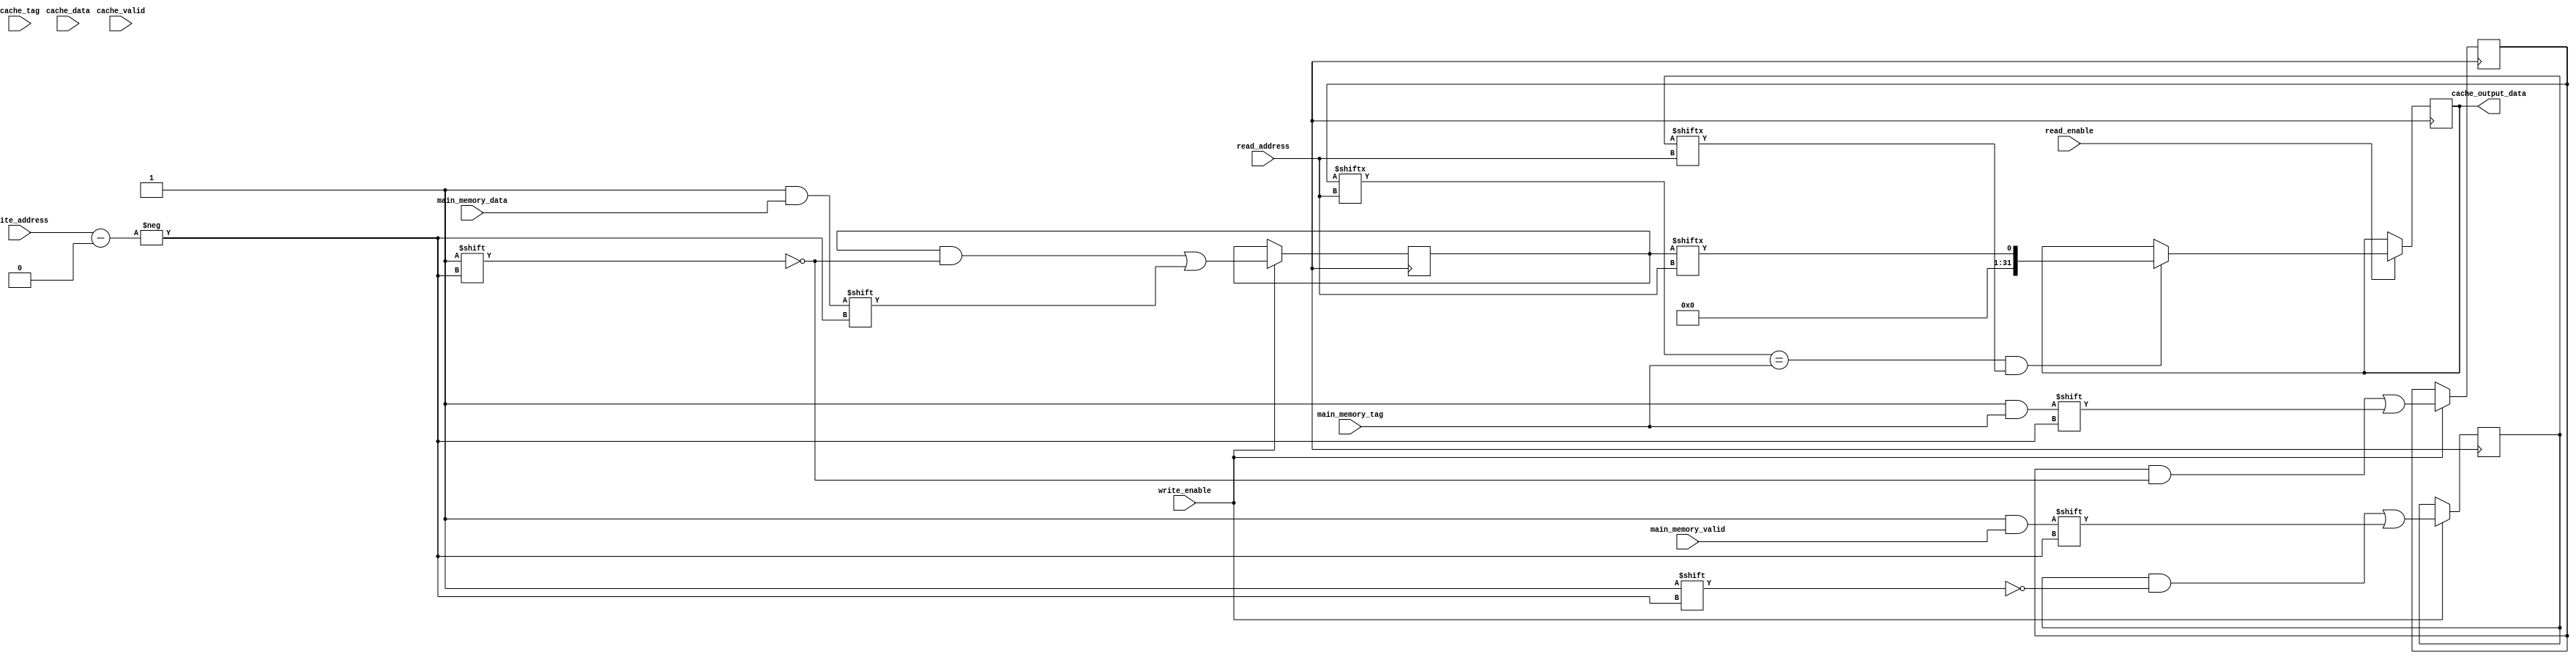
module cache_memory (
    input wire [31:0] main_memory_data,
    input wire [31:0] main_memory_tag,
    input wire [1:0] main_memory_valid,
    input wire [1:0] cache_data,
    input wire [1:0] cache_tag,
    input wire [1:0] cache_valid,
    input wire read_enable,
    input wire write_enable,
    input wire [31:0] read_address,
    input wire [31:0] write_address,
    output wire [31:0] cache_output_data
);

reg [31:0] cache_data_reg;
reg [31:0] cache_tag_reg;
reg [1:0] cache_valid_reg;

always @(posedge clk) begin
    if (write_enable) begin
        cache_data_reg[write_address] <= main_memory_data;
        cache_tag_reg[write_address] <= main_memory_tag;
        cache_valid_reg[write_address] <= main_memory_valid;
    end
    
    if (read_enable) begin
        if (cache_tag_reg[read_address] == main_memory_tag && cache_valid_reg[read_address] == 1'b1) begin
            cache_output_data <= cache_data_reg[read_address];
        end
    end
end

endmodule